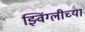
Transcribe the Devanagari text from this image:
झ्विंग्लीच्या